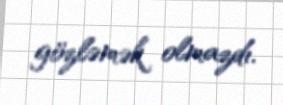
gözləmək olmazdı.